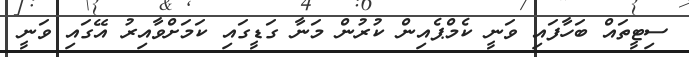
ސިޓީތައް ބަހާފައި ވަނީ ކެމްޕެއިން ކުރުން މަނާ ގަޑީގައި ކަމަށްވާއިރު އޭގައި ވަނީ